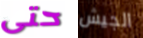
حتى الجيش